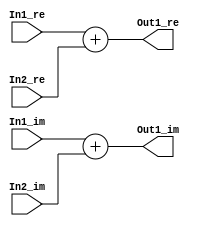
// -------------------------------------------------------------
// 
// 
// Generated by MATLAB 9.8 and HDL Coder 3.16
// 
// -------------------------------------------------------------


// -------------------------------------------------------------
// 
// Module: Complex_Sum3_block23
// Source Path: newhope_cambios/FDHT/DFT_2/DFT10 - block_2/DFT5-row 2/DFT5-5/Complex-Sum3
// Hierarchy Level: 5
// 
// -------------------------------------------------------------

`timescale 1 ns / 1 ns

module Complex_Sum3_block23
          (In1_re,
           In1_im,
           In2_re,
           In2_im,
           Out1_re,
           Out1_im);


  input   signed [36:0] In1_re;  // sfix37_En22
  input   signed [36:0] In1_im;  // sfix37_En22
  input   signed [36:0] In2_re;  // sfix37_En22
  input   signed [36:0] In2_im;  // sfix37_En22
  output  signed [36:0] Out1_re;  // sfix37_En22
  output  signed [36:0] Out1_im;  // sfix37_En22


  wire signed [36:0] Sum_out1;  // sfix37_En22
  wire signed [36:0] Sum1_out1;  // sfix37_En22


  assign Sum_out1 = In1_re + In2_re;



  assign Out1_re = Sum_out1;

  assign Sum1_out1 = In1_im + In2_im;



  assign Out1_im = Sum1_out1;

endmodule  // Complex_Sum3_block23